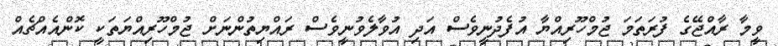
ވީމާ ރާއްޖޭގެ ފުރަތަމަ ޖުމްހޫރިއްޔާ އުފެދުނީވެސް އަދި އުވާލެވުނީވެސް ރައްޔިތުންނަށް ޖުމްހޫރިއްޔަތަކީ ކޮންއެއްޗެއް